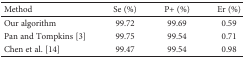
<table><thead><tr><td><b>Method</b></td><td><b>Se (%)</b></td><td><b>P+ (%)</b></td><td><b>Er (%)</b></td></tr></thead><tbody><tr><td>Our algorithm</td><td>99.72</td><td>99.69</td><td>0.59</td></tr><tr><td>Pan and Tompkins [3]</td><td>99.75</td><td>99.54</td><td>0.71</td></tr><tr><td>Chen et al. [14]</td><td>99.47</td><td>99.54</td><td>0.98</td></tr></tbody></table>